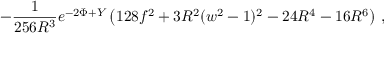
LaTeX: - \frac { 1 } { 2 5 6 R ^ { 3 } } e ^ { - 2 \Phi + Y } \left( 1 2 8 f ^ { 2 } + 3 R ^ { 2 } ( w ^ { 2 } - 1 ) ^ { 2 } - 2 4 R ^ { 4 } - 1 6 R ^ { 6 } \right) \, ,